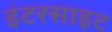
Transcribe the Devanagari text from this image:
इंटरसाइट